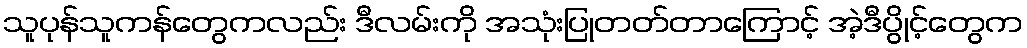
သူပုန်သူကန်တွေကလည်း ဒီလမ်းကို အသုံးပြုတတ်တာကြောင့် အဲ့ဒီပွိုင့်တွေက